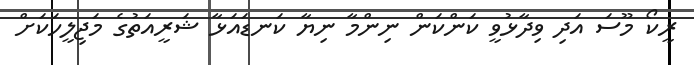
ރީކޯ މޫސަ އަދި ވިދާޅުވީ ކަންކަން ނިންމާ ނިޔާ ކަނޑައަޅާ ޝަރީއަތުގެ މަޖިލީހަކަށް